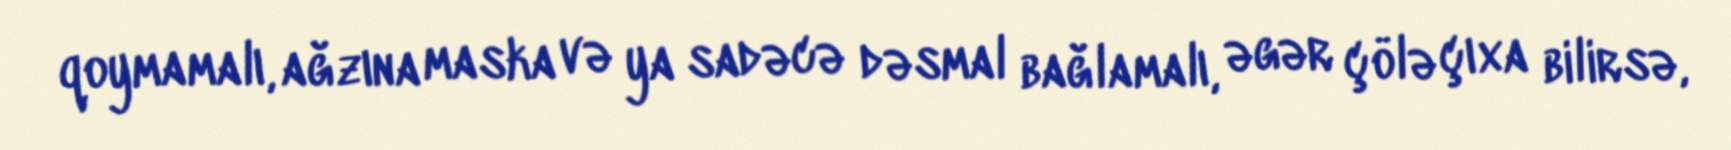
qoymamalı, ağzına maska və ya sadəcə dəsmal bağlamalı, əgər çölə çıxa bilirsə,